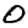
Digit: 0